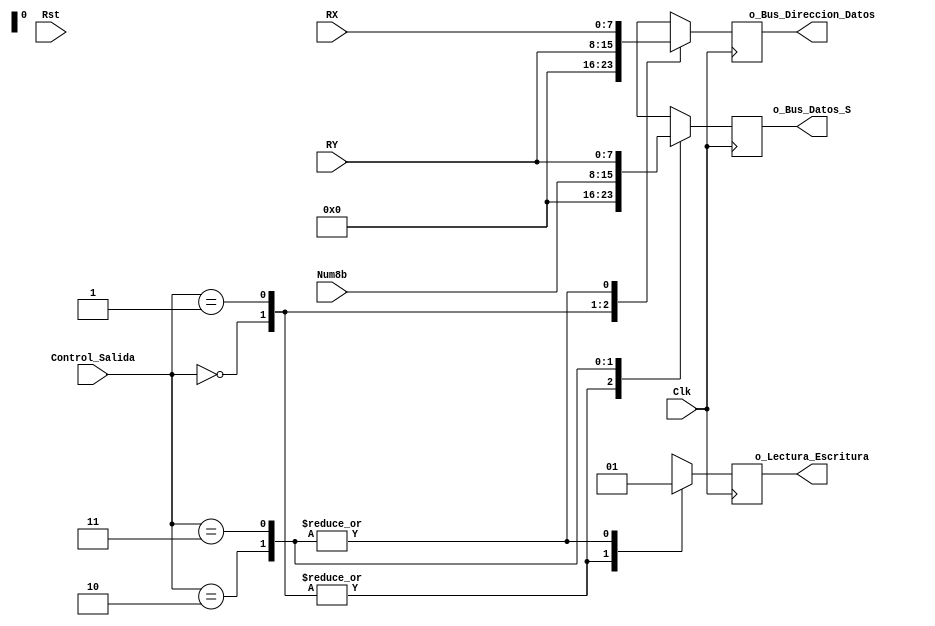
module Control_de_Bus (
input Clk,
input Rst,
input [1:0] Control_Salida,
input [7:0] Num8b,
input [7:0] RX,
input [7:0] RY,
output reg[7:0] o_Bus_Datos_S,
output reg[7:0] o_Bus_Direccion_Datos,
output reg o_Lectura_Escritura);

always@(posedge Clk)  
begin
if (Rst)
begin
o_Bus_Datos_S <= 0;
o_Bus_Direccion_Datos <= 0;
o_Lectura_Escritura <= 0;
end
    case (Control_Salida)
        2'b00: begin
            o_Bus_Datos_S <= 0;
            o_Bus_Direccion_Datos <= 0;
            o_Lectura_Escritura <= 0;
        end
        2'b01: begin// LOAD_Registros
            o_Bus_Datos_S <= 0;
            o_Bus_Direccion_Datos <= RY;
            o_Lectura_Escritura <= 0;
        end
        2'b10: begin// STORE_Num
            o_Bus_Datos_S <= Num8b;
            o_Bus_Direccion_Datos <= RX;
            o_Lectura_Escritura <= 1;
        end
        2'b11: begin // STORE_Registro
            o_Bus_Direccion_Datos <= RX;
            o_Bus_Datos_S <= RY;
            o_Lectura_Escritura <= 1;
        end
        default begin
            o_Bus_Datos_S <= 0;
            o_Bus_Direccion_Datos <= 0;
            o_Lectura_Escritura <= 0;
        end
    endcase;
end 
endmodule